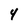
Character: 4